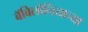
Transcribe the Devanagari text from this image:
बॅबिलोनियाच्या